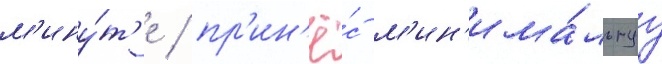
м'ину́т'е / пр'ин'ё́с м'ин'има́льнуу